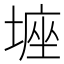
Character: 𡎻